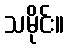
သမိုင်း။